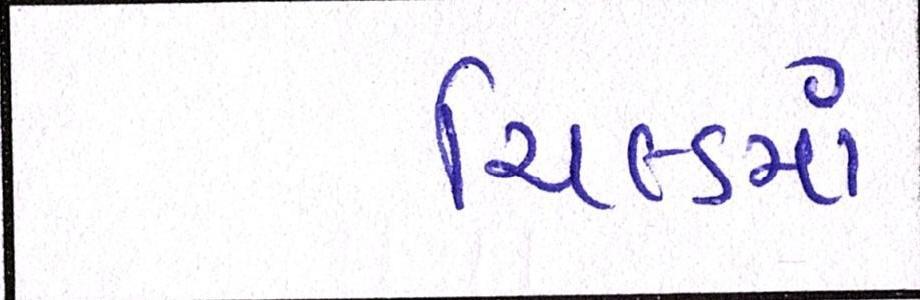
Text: યિલ્ડમાં